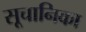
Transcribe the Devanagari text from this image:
सूचानिका